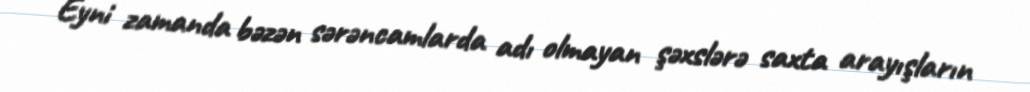
Eyni zamanda bəzən sərəncamlarda adı olmayan şəxslərə saxta arayışların